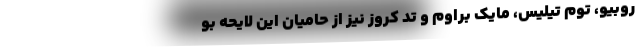
روبیو، توم تیلیس، مایک براوم و تد کروز نیز از حامیان این لایحه بو